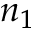
n _ { 1 }